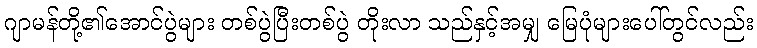
ဂျာမန်တို့၏အောင်ပွဲများ တစ်ပွဲပြီးတစ်ပွဲ တိုးလာ သည်နှင့်အမျှ မြေပုံများပေါ်တွင်လည်း